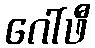
ဂေါ်ဖီ